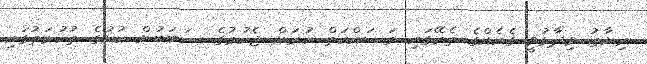
ރިޔާޒު ވިދާޅުވީ ގެއެއްގެ ތެރޭގައި މަސައްކަތް ކުރަން ޖެހުމުގެ ސަބަބުން ކުށުގެ ތުހުމަތުގައި